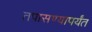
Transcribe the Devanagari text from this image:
तपासण्यापर्यंत